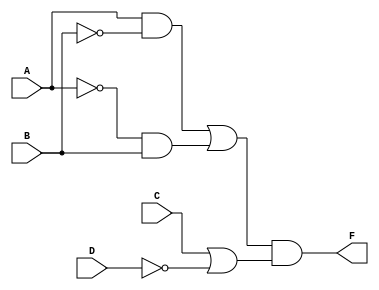
//fig 3-21 (a) pg. 123
module mod3_32_c(F, A, B, C, D);
    output F;
    input A, B, C, D;
    //wire and1_wire, and2_wire, or1_wire, or2_wire;

    assign F = ((A && ~B) || (~A && B)) && (C || ~D);
endmodule

module mod3_32_c_tb;
reg a, b, c, d;
wire y;

mod3_32_c circuit(y, a, b, c, d);
initial
begin
$monitor("a=%b, b=%b, c=%b, d=%b, y=%b", a, b, c, d, y);
a = 0; b = 0; c = 0; d = 0; #10;
a = 0; b = 0; c = 0; d = 1; #10;
a = 0; b = 0; c = 1; d = 0; #10;
a = 0; b = 0; c = 1; d = 1; #10;
a = 0; b = 1; c = 0; d = 0; #10;
a = 0; b = 1; c = 0; d = 1; #10;
a = 0; b = 1; c = 1; d = 0; #10;
a = 0; b = 1; c = 1; d = 1; #10;
a = 1; b = 0; c = 0; d = 0; #10;
a = 1; b = 0; c = 0; d = 1; #10;
a = 1; b = 0; c = 1; d = 0; #10;
a = 1; b = 0; c = 1; d = 1; #10;
a = 1; b = 1; c = 0; d = 0; #10;
a = 1; b = 1; c = 0; d = 1; #10;
a = 1; b = 1; c = 1; d = 0; #10;
a = 1; b = 1; c = 1; d = 1; #10;
$finish;
end
endmodule